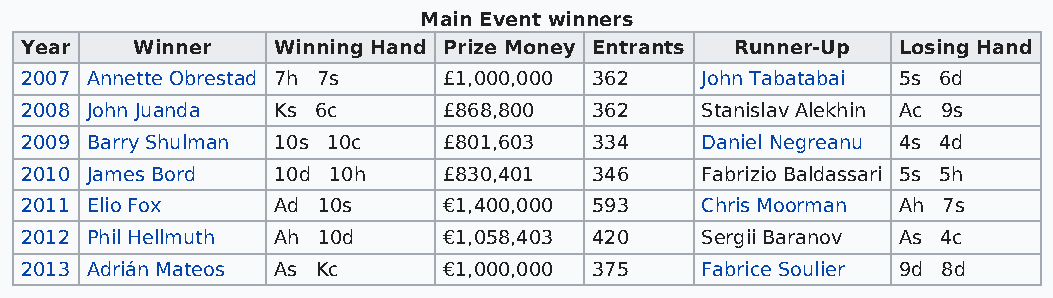
Main Event winners
 Year    Winner   Winning Hand Prize Money Entrants Runner-Up Losing Hand
 2007 Annette Obrestad 7h 7s £1,000,000 362   John Tabatabai 5s 6d
 2008 John Juanda Ks 6c      £868,800  362    Stanislav Alekhin Ac 9s
 2009 Barry Shulman 10s 10c  £801,603  334    Daniel Negreanu 4s 4d
 2010 James Bord  10d 10h    £830,401  346    Fabrizio Baldassari 5s 5h
 2011 Elio Fox    Ad 10s     €1,400,000 593   Chris Moorman Ah 7s
 2012 Phil Hellmuth Ah 10d   €1,058,403 420   Sergii Baranov As 4c
 2013 Adrián Mateos As Kc    €1,000,000 375   Fabrice Soulier 9d 8d